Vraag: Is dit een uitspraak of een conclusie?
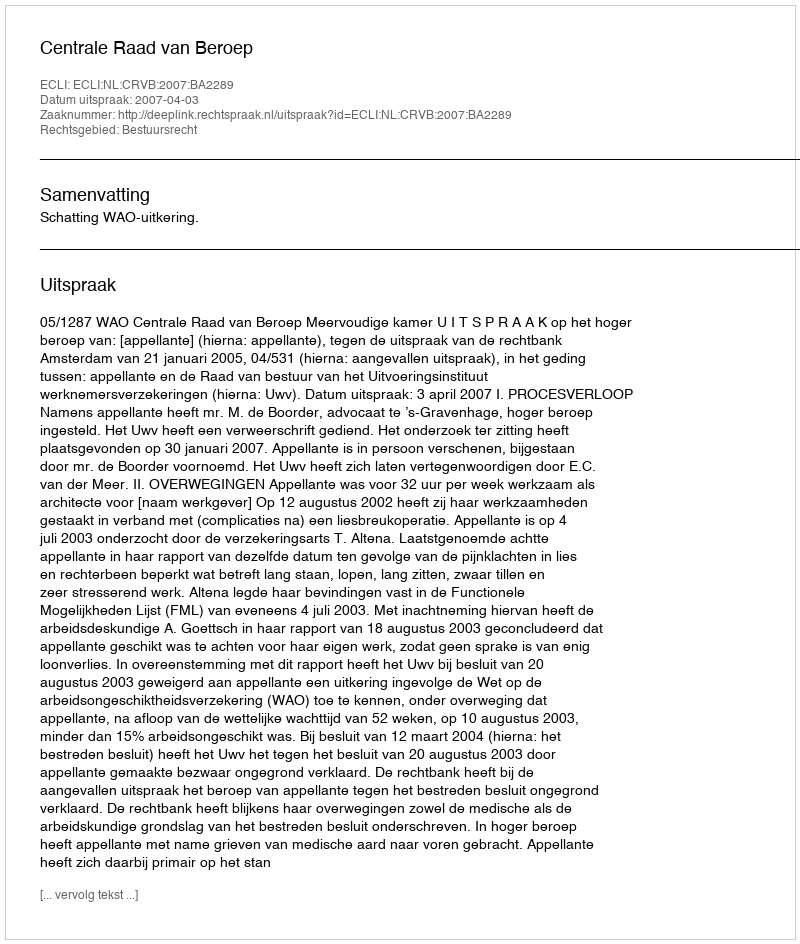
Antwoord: Uitspraak